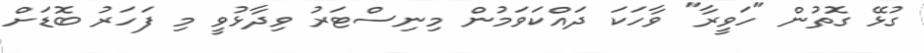
ގުޅޭ ގޮތުން "ހަވީރާ" ވާހަކަ ދައްކަވަމުން މިނިސްޓަރު ވިދާޅުވީ މި ފަހަރު ބޮޑަށް